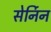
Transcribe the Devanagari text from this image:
सेर्निन